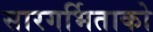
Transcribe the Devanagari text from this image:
सारगर्भिताको